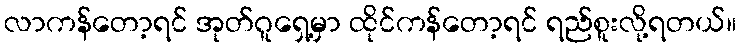
လာကန်တော့ရင် အုတ်ဂူရှေ့မှာ ထိုင်ကန်တော့ရင် ရည်စူးလို့ရတယ်။